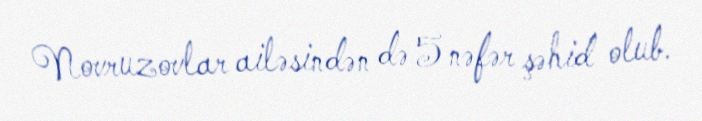
Novruzovlar ailəsindən də 5 nəfər şəhid olub.